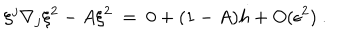
\xi ^ { j } \nabla _ { j } \xi ^ { 2 } - A \xi ^ { 2 } \ = \ 0 + ( 1 - A ) h + O ( \epsilon ^ { 2 } ) \ .